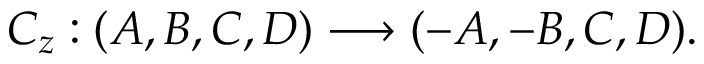
C _ { z } : ( A , B , C , D ) \longrightarrow ( - A , - B , C , D ) .